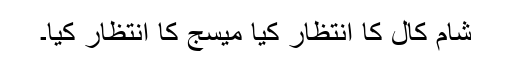
شام کال کا انتظار کیا میسج کا انتظار کیا۔